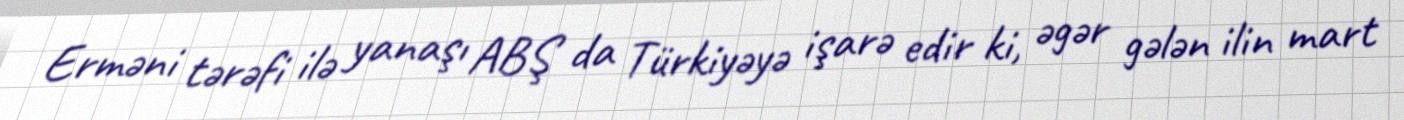
Erməni tərəfi ilə yanaşı ABŞ da Türkiyəyə işarə edir ki, əgər gələn ilin mart